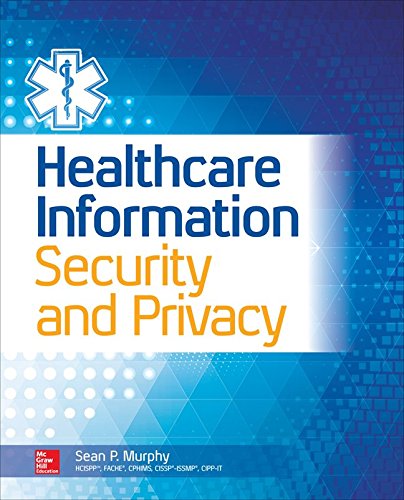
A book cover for Healthcare Information Security and Privacy; Sean Murphy; Computers & Technology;